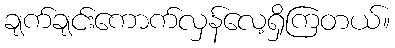
ချက်ချင်းကောက်လှန်လေ့ရှိကြတယ်။